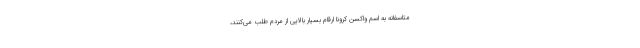
متاسفانه به اسم واکسن کرونا ارقام بسیار بالایی از مردم طلب می‌کنند،